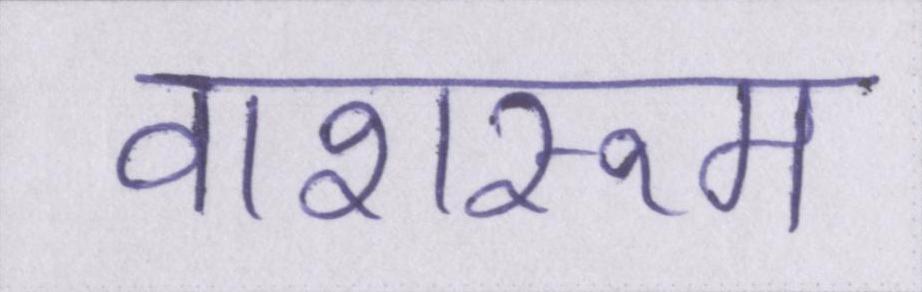
वाशरूम